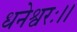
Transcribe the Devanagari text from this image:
धनेश्वरः।।